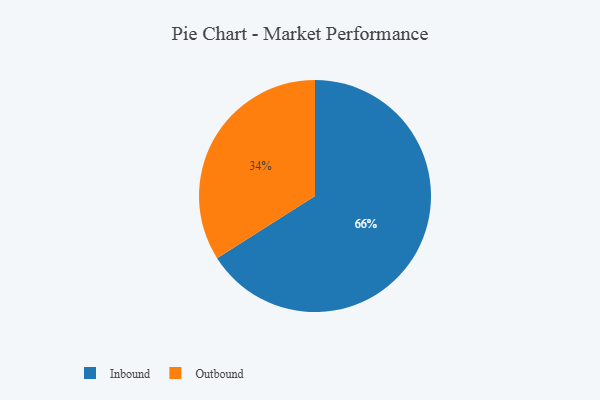
{"axis": {"x": "Category", "y": "Percentage"}, "legend": ["Inbound", "Outbound"], "data": [{"x": "Outbound", "y": 34, "type": "Outbound"}, {"x": "Inbound", "y": 66, "type": "Inbound"}]}